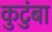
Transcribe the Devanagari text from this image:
कुटुंबा